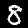
Label: 8